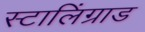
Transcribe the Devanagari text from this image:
स्टालिंग्राड